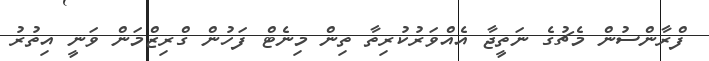
ފްރާންސުން މެޗުގެ ނަތީޖާ އެއްވަރުކުރިތާ ތިން މިނެޓް ފަހުން ގްރިޒްމަން ވަނީ އިތުރު